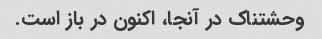
وحشتناک در آنجا، اکنون در باز است.